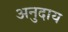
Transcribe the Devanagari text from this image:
अनुदाय